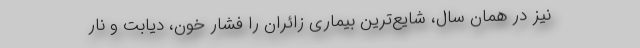
نیز در همان سال، شایع‌ترین بیماری زائران را فشار خون، دیابت و نار